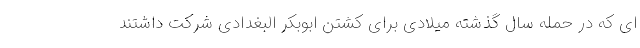
ای که در حمله سال گذشته میلادی برای کشتن ابوبکر البغدادی شرکت داشتند